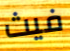
فيث